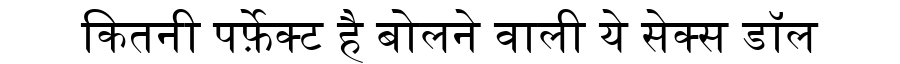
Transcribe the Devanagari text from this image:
कितनी पर्फ़ेक्ट है बोलने वाली ये सेक्स डॉल